Supplement to the account of plague administration in the Bombay Presidency from September 1896 till May 1897
Year: 1896
Disease focus: Plague
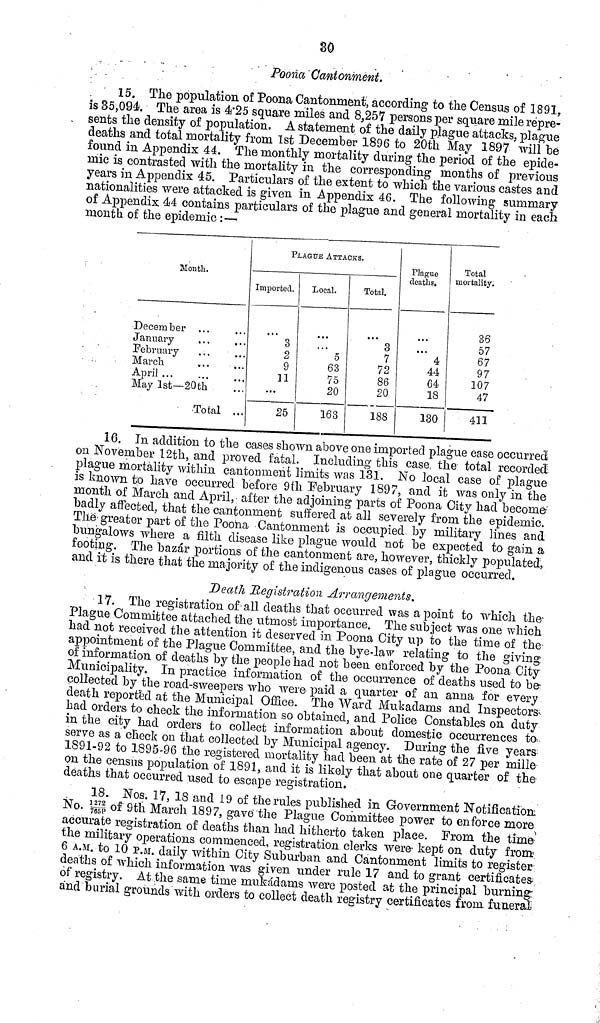
30
Pooña Cantonment.
15. The population of Poona Cantonment, according to the Census of 1891,
is 35,094 The area is 4 . 25 square miles and 8,257 persons per square mile repre-
sents the density of population. A statement of the daily plague attacks, plague
deaths and total mortality from 1st December 1896 to 20th May 1897 will hé
found in Appendix 44. The monthly mortality during the period of the epide-
mic is contrasted with the mortality in the corresponding months of previous
years in Appendix 45. Particulars of the extent to which the various castes and
nationalities were attacked is given in Appendix 46. The following summary
of Appendix 44 contains particulars of the plague and general mortality in each
month of the epidemic :—
Month.
December ...
January ...
February ...
March ...
April ...
May 1st— 20th
Total
...
...
PLAGuE ATTACKS.
Imported.
3
2
9
11
...
25
Local.
5
63
75
20
163
Total.
3
7
72
86
20
188
Plague
deaths.
...
4
44
64
18
130
Total
mortality.
36
57
67
97
107
47
411
16. In addition to the cases shown above one imported plague case occurred
on November 12th, and proved fatal. Including this case, the total recorded
plague mortality within cantonment limits was 131. No local case of plague
is known to have occurred before 9th February 1897, and it was only in the
month of March and April, after the adjoining parts of Poona City had become-
"badly affected, that the cantonment suffered at all severely from the epidemic.
The greater part of the Poona Cantonment is occupied by military lines and
bungalows where a filth disease like plague would not be expected to gain a
footing. The bazar portions of the cantonment are, however, thickly populated,
and it is there that the majority of the indigenous cases of plague occurred.
Death Registration Arrangements.
17. The registration of all deaths that occurred was a point to which the
Plague Committee attached the utmost importance. The subject was one which
had not received the attention it deserved in Poona City up to the time of the
appointment of the Plague Committee, and the bye-law relating to the giving
of information of deaths by the people had not been enforced by the Poona City
Municipality. In practice information of the occurrence of deaths used to be
collected by the road-sweepers who were paid a quarter of an anna for every
death reported at the Municipal Office. The Ward Mukadams and Inspectors
had orders to check the information so obtained, and Police Constables on duty
in the city had orders to collect information about domestic occurrences to
serve as a check on that collected by Municipal agency. During the five years
1891-92 to 1895-96 the registered mortality had been at the rate of 27 per mille
on the census population of 1891, and it is likely that about one quarter of the
deaths that occurred used to escape registration.
18. Nos. 17, 18 and 19 of the rules published in Government Notification
No. 1272/765P of 9th March 1897, gave the Plague Committee power to enforce more
accurate registration of deaths than had hitherto taken place. From the time
the military operations commenced, registration clerks were kept on duty from
6 A.M. to 10 P.M. daily within City Suburban and Cantonment limits to register
deaths of which information was given under rule 17 and to grant certificates
of registry. At the same time mukádams were posted at the principal burning
and burial grounds with orders to collect death registry certificates from funeral